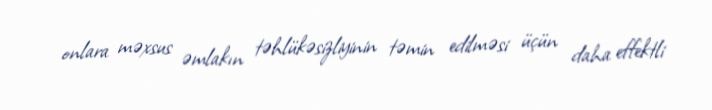
onlara məxsus əmlakın təhlükəsizliyinin təmin edilməsi üçün daha effektli